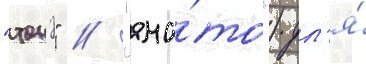
"тонэ" / "яма́то") дл'я́